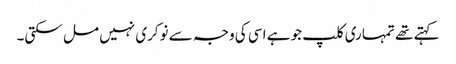
کہتے تھے تمہاری کلپ جو ہے اسی کی وجہ سے نوکری نہیں مل سکتی۔